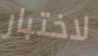
لاختبار